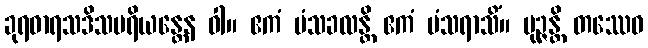
ခုရဓာရသဒိသပရိယန္တေန ဝါ။ ဧကံ မံသခလန္တိ ဧကံ မံသရာသိံ။ ပုဉ္ဇန္တိ တဿေဝ